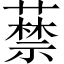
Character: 𦽔